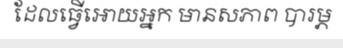
ដែលធ្វើអោយអ្នក មានសភាព បារម្ភ